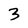
Character: 3